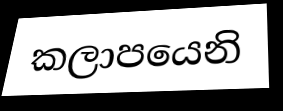
කලාපයෙනි